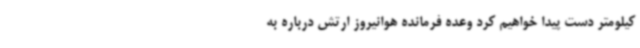
کیلومتر دست پیدا خواهیم‌ کرد وعده فرمانده هوانیروز ارتش درباره به